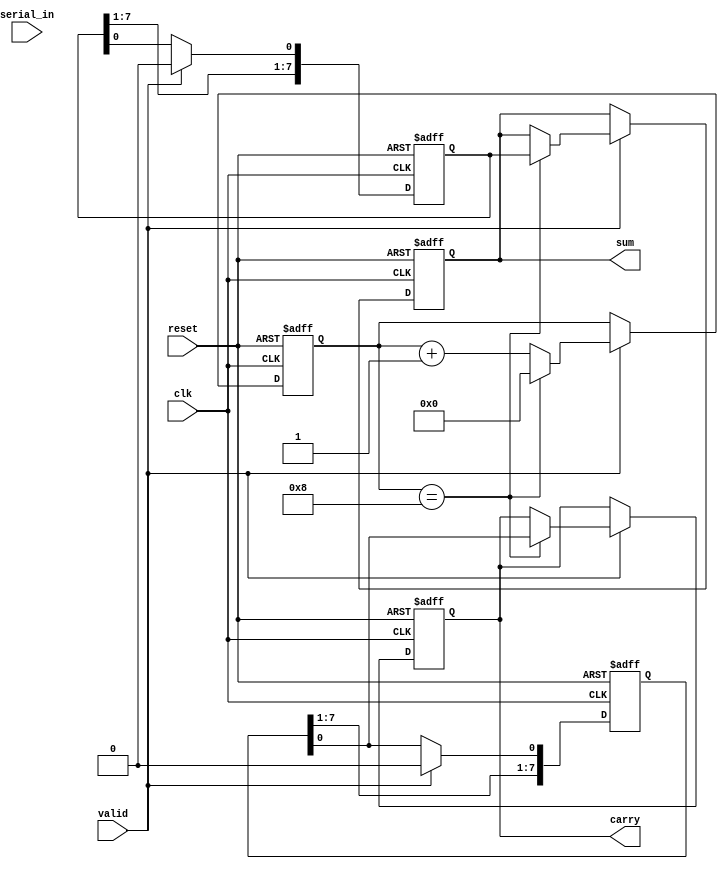
module carry_save_adder_serial_input (
    input clk,                // Clock signal
    input reset,              // Reset signal
    input serial_in,          // Serial input bit
    input valid,              // Valid signal indicating new input bit
    output reg [7:0] sum,     // Final sum output
    output reg carry          // Final carry output
);

    reg [7:0] current_sum;    // Current sum
    reg [7:0] current_carry;  // Current carry
    reg [3:0] bit_count;      // Count of bits received

    // Full adder function
    function [1:0] full_adder;
        input a;              // First input
        input b;              // Second input
        input cin;            // Carry input
        begin
            full_adder = a + b + cin; // Sum the inputs
        end
    endfunction

    // Sequential logic for CSA
    always @(posedge clk or posedge reset) begin
        if (reset) begin
            current_sum <= 8'b0;   // Reset sum
            current_carry <= 8'b0; // Reset carry
            bit_count <= 4'b0;      // Reset bit counter
            sum <= 8'b0;            // Final sum reset
            carry <= 1'b0;          // Final carry reset
        end else if (valid) begin
            // Update the current sum and carry with the new bit
            {current_carry, current_sum} <= {current_carry, current_sum} + full_adder(serial_in, current_sum[0], current_carry[0]);

            // Shift the current sum and carry for the next bit
            current_sum <= {current_sum[7:1], 1'b0}; // Shift left
            current_carry <= {current_carry[7:1], 1'b0}; // Shift left
            
            bit_count <= bit_count + 1; // Increment bit counter
            
            // Check if we have received enough bits
            if (bit_count == 8) begin
                sum <= current_sum; // Store final sum
                carry <= current_carry[0]; // Store final carry
                bit_count <= 0; // Reset bit counter
            end
        end
    end

endmodule